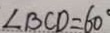
\angle B C D = 6 0 ^ { \circ }